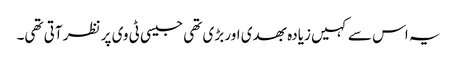
یہ اس سے کہیں زیادہ بھدی اور بڑی تھی جیسی ٹی وی پر نظر آتی تھی۔